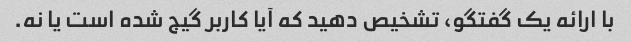
با ارائه یک گفتگو، تشخیص دهید که آیا کاربر گیج شده است یا نه.